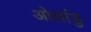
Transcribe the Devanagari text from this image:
ओलांडु